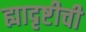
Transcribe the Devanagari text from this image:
ह्यादृष्टीची